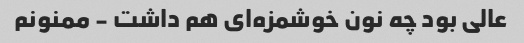
عالی بود چه نون خوشمزه‌ای هم داشت - ممنونم